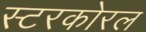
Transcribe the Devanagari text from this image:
स्टरकोरल